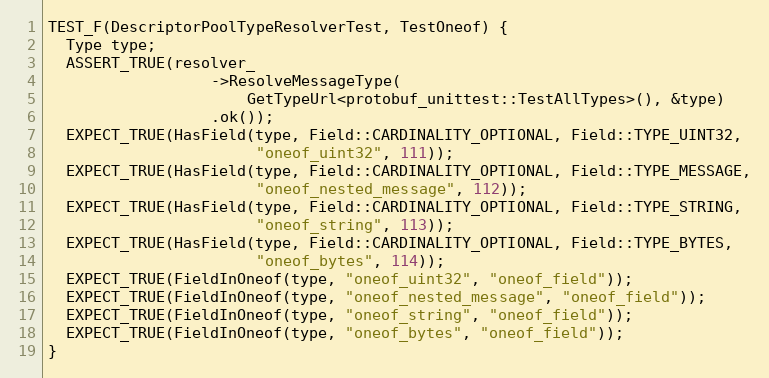
Language: C++
TEST_F(DescriptorPoolTypeResolverTest, TestOneof) {
  Type type;
  ASSERT_TRUE(resolver_
                  ->ResolveMessageType(
                      GetTypeUrl<protobuf_unittest::TestAllTypes>(), &type)
                  .ok());
  EXPECT_TRUE(HasField(type, Field::CARDINALITY_OPTIONAL, Field::TYPE_UINT32,
                       "oneof_uint32", 111));
  EXPECT_TRUE(HasField(type, Field::CARDINALITY_OPTIONAL, Field::TYPE_MESSAGE,
                       "oneof_nested_message", 112));
  EXPECT_TRUE(HasField(type, Field::CARDINALITY_OPTIONAL, Field::TYPE_STRING,
                       "oneof_string", 113));
  EXPECT_TRUE(HasField(type, Field::CARDINALITY_OPTIONAL, Field::TYPE_BYTES,
                       "oneof_bytes", 114));
  EXPECT_TRUE(FieldInOneof(type, "oneof_uint32", "oneof_field"));
  EXPECT_TRUE(FieldInOneof(type, "oneof_nested_message", "oneof_field"));
  EXPECT_TRUE(FieldInOneof(type, "oneof_string", "oneof_field"));
  EXPECT_TRUE(FieldInOneof(type, "oneof_bytes", "oneof_field"));
}